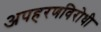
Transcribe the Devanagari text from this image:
अपहरणविरोधी